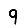
Digit: 9